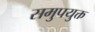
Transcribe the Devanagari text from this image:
समुपयुक्त